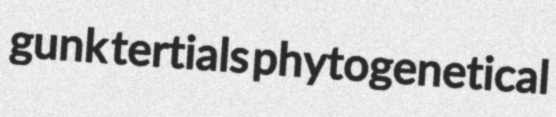
gunk tertials phytogenetical